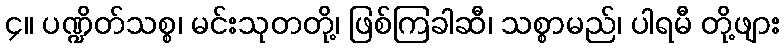
၄။ ပဏ္ဍိတ်သစ္စ၊ မင်းသုတတို့၊ ဖြစ်ကြခါဆီ၊ သစ္စာမည်၊ ပါရမီ တို့ဖျား